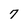
Character: 7